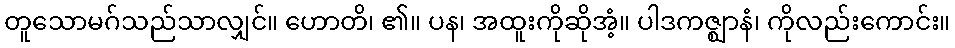
တူသောမဂ်သည်သာလျှင်။ ဟောတိ၊ ၏။ ပန၊ အထူးကိုဆိုအံ့။ ပါဒကဇ္ဈာနံ၊ ကိုလည်းကောင်း။